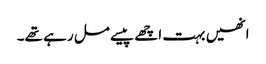
انھیں بہت اچھے پیسے مل رہے تھے۔